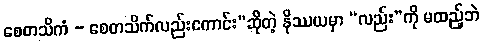
စေတသိကံ - စေတသိက်လည်းကောင်း”ဆိုတဲ့ နိဿယမှာ “လည်း”ကို မထည့်ဘဲ